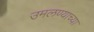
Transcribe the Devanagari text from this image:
उमलण्याच्या